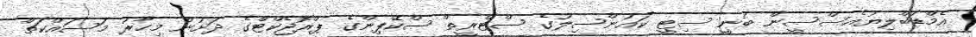
އެމްޑަބްލިޔުއެސްސީން ބުނީ ސިޓީ ކައުންސިލުގެ ސްޓްރީތް ސްކޭޕިންގެ ޕްރޮޖެކްޓްގެ ދަށުން މިހާރު މަސައްކަތް